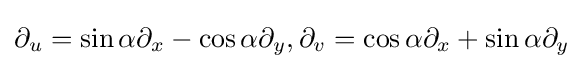
\partial _{u}=\sin \alpha \partial _{x}-\cos \alpha \partial _{y},\partial _{v}=\cos \alpha \partial _{x}+\sin \alpha \partial _{y}